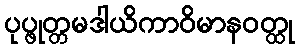
ပုပ္ဖုတ္တမဒါယိကာဝိမာနဝတ္ထု